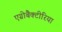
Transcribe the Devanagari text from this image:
एग्रोबैक्टीरिया